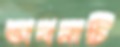
ভাবনাটি